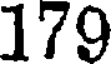
179